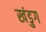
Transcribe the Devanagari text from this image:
खंडुग